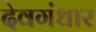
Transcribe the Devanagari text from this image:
देवगंधार